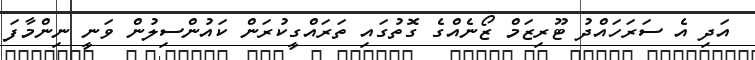
އަދި އެ ސަރަހައްދު ޓޫރިޒަމް ޒޯނެއްގެ ގޮތުގައި ތަރައްގީކުރަން ކައުންސިލުން ވަނީ ނިންމާފަ